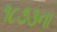
૧૮૭૩ના